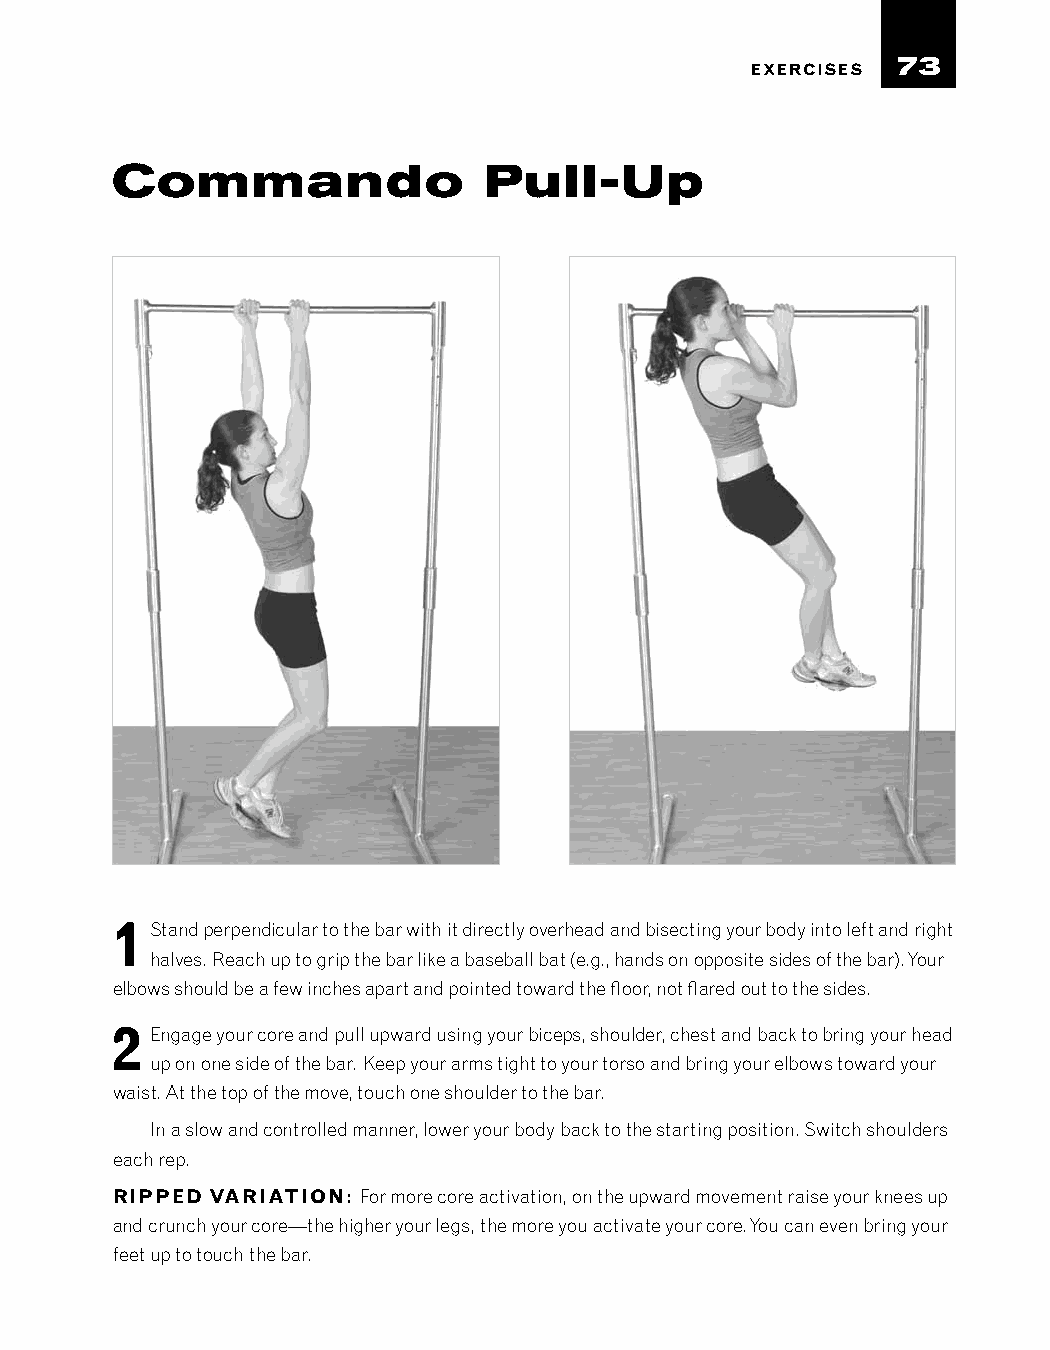
73
 EXERCISES
 Commando                 Pull-Up
 1  Stand perpendicular to the bar with it directly overhead and bisecting your body into left and right
 halves. Reach up to grip the bar like a baseball bat (e.g., hands on opposite sides of the bar). Your
 elbows should be a few inches apart and pointed toward the floor, not flared out to the sides.
 2  Engage your core and pull upward using your biceps, shoulder, chest and back to bring your head
 up on one side of the bar. Keep your arms tight to your torso and bring your elbows toward your
 waist. At the top of the move, touch one shoulder to the bar.
 In a slow and controlled manner, lower your body back to the starting position. Switch shoulders
 each rep.
 RIPPED VARIATION: For more core activation, on the upward movement raise your knees up
 and crunch your core—the higher your legs, the more you activate your core. You can even bring your
 feet up to touch the bar.